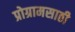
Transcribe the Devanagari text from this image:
प्रोग्रामसाठी